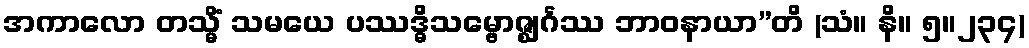
အကာလော တသ္မိံ သမယေ ပဿဒ္ဓိသမ္ဗောဇ္ဈင်္ဂဿ ဘာဝနာယာ”တိ (သံ။ နိ။ ၅။၂၃၄)